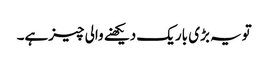
تویہ بڑی باریک دیکھنے والی چیزہے۔